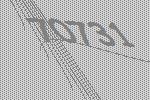
70731